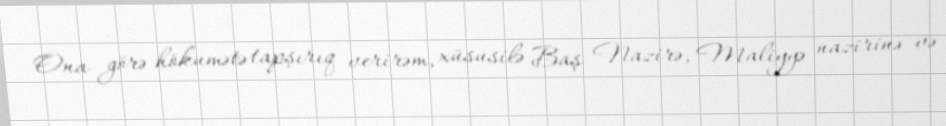
Ona görə hökumətə tapşırıq verirəm, xüsusilə Baş Nazirə, Maliyyə nazirinə və